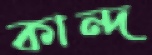
কান্দ